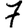
Digit: 7